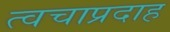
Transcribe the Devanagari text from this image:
त्वचाप्रदाह